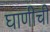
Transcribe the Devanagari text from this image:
घाणीची